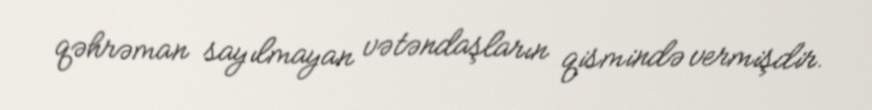
qəhrəman sayılmayan vətəndaşların qismində vermişdir.